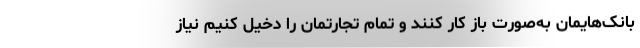
بانک‌هایمان به‌صورت باز کار کنند و تمام تجارتمان را دخیل کنیم نیاز